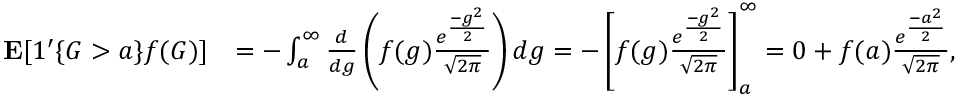
\begin{array} { r l } { \mathbf { E } [ 1 ^ { \prime } \{ G > a \} f ( G ) ] } & { = - \intop _ { a } ^ { \infty } \frac { d } { d g } \left( f ( g ) \frac { e ^ { \frac { - g ^ { 2 } } { 2 } } } { \sqrt { 2 \pi } } \right) d g = - \left[ f ( g ) \frac { e ^ { \frac { - g ^ { 2 } } { 2 } } } { \sqrt { 2 \pi } } \right] _ { a } ^ { \infty } = 0 + f ( a ) \frac { e ^ { \frac { - a ^ { 2 } } { 2 } } } { \sqrt { 2 \pi } } , } \end{array}